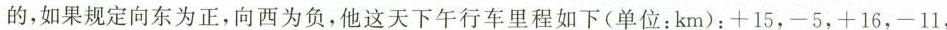
的，如果规定向东为正，向西为负，他这天下午行车里程如下(单位：km)：+15，-5，+16，-11，